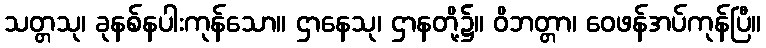
သတ္တသု၊ ခုနစ်နပါးကုန်သော။ ဌာနေသု၊ ဌာနတို့၌။ ဝိဘတ္တာ၊ ဝေဖန်အပ်ကုန်ပြီ။